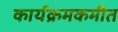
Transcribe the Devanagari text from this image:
कार्यक्रमकमीत